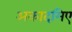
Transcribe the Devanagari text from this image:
अकादमिए